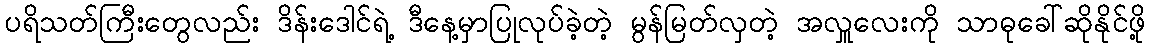
ပရိသတ်ကြီးတွေလည်း ဒိန်းဒေါင်ရဲ့ ဒီနေ့မှာပြုလုပ်ခဲ့တဲ့ မွန်မြတ်လှတဲ့ အလှူလေးကို သာဓုခေါ်ဆိုနိုင်ဖို့